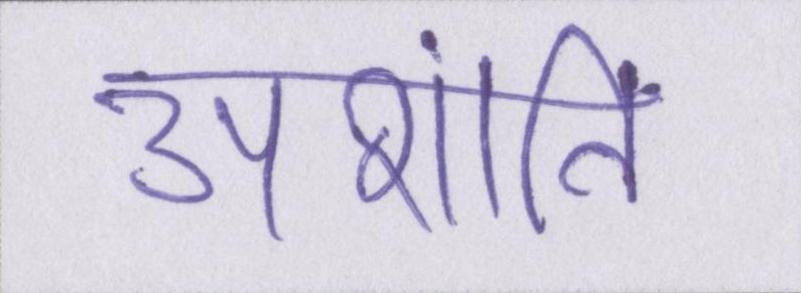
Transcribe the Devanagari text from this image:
अशांति